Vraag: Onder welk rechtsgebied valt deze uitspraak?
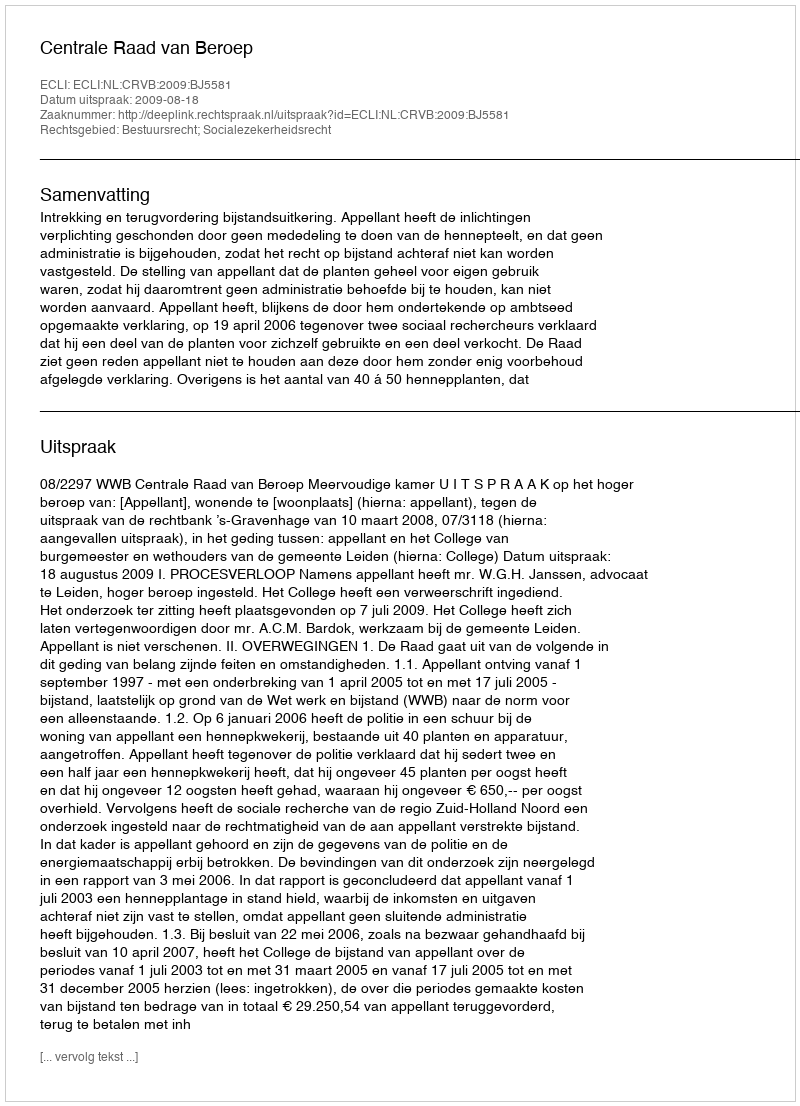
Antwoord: Bestuursrecht; Socialezekerheidsrecht